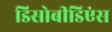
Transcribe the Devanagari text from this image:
डिसोबीडिएंस